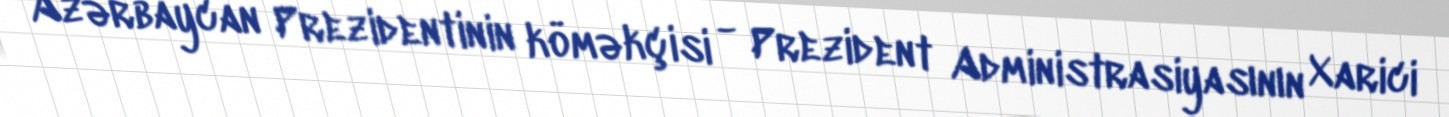
Azərbaycan Prezidentinin köməkçisi - Prezident Administrasiyasının Xarici